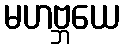
မဟဗ္ဘယေ